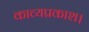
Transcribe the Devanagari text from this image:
काव्यप्रकाश।